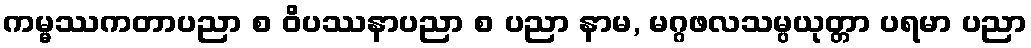
ကမ္မဿကတာပညာ စ ဝိပဿနာပညာ စ ပညာ နာမ, မဂ္ဂဖလသမ္ပယုတ္တာ ပရမာ ပညာ